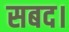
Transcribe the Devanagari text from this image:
सबद।